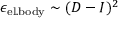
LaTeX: \epsilon _ { \mathrm { e l . b o d y } } \sim ( D - I ) ^ { 2 }